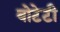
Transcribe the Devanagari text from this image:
बोटेटी